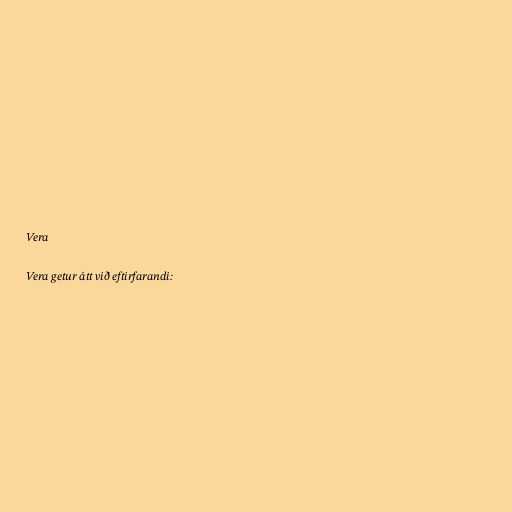
Vera

Vera getur átt við eftirfarandi: